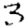
Digit: 3